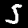
Label: 5